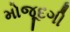
મોજૂદગી